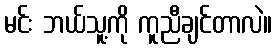
မင်း ဘယ်သူ့ကို ကူညီချင်တာလဲ။